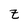
Character: z